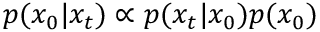
p ( x _ { 0 } | x _ { t } ) \propto p ( x _ { t } | x _ { 0 } ) p ( x _ { 0 } )